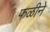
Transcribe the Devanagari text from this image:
फळीने